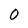
Character: 0